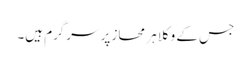
جس کے وکلا ہر محاز پر سرگرم ہیں۔